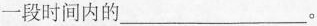
一段时间内的___。